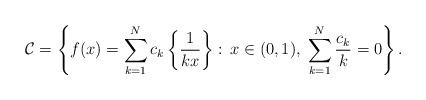
LaTeX: \begin{align*}\mathcal{C}=\left\{ f(x) = \sum_{k=1}^N c_k \left\{\frac{1}{kx}\right\}:\, x \in (0,1), \; \sum_{k=1}^N \frac{c_k}{k} =0 \right\}.\end{align*}